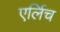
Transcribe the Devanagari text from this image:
एर्लिच